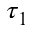
\tau _ { 1 }